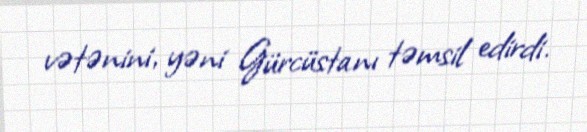
vətənini, yəni Gürcüstanı təmsil edirdi.